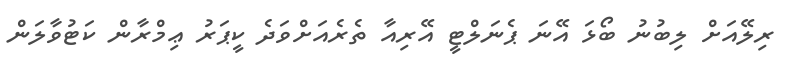
ރިލޭއަށް ލިބުނު ބޯޅަ އޭނަ ޕެނަލްޓީ އޭރިއާ ތެރެއަށްވަދެ ކީޕަރު ޢިމްރާން ކަޓުވާލަން